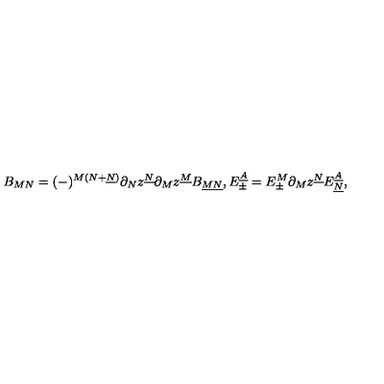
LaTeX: B _ { M N } = ( - ) ^ { M ( N + \underline { { N } } ) } \partial _ { N } z ^ { \underline { { N } } } \partial _ { M } z ^ { \underline { { M } } } B _ { \underline { { M N } } } , E _ { \pm } ^ { \underline { { A } } } = E _ { \pm } ^ { M } \partial _ { M } z ^ { \underline { { N } } } E _ { \underline { { N } } } ^ { \underline { { A } } } ,